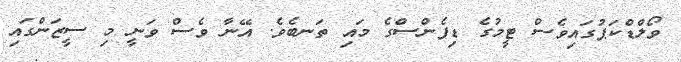
ވޯލްޑްކަޕުގައިވެސް ޓީމުގެ ޑިފެންސްގެ މައި ތަނބެވެ. އޭނާ ވެސް ވަނީ މި ސީޒަންގައި